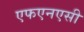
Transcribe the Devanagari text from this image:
एफएनएसी